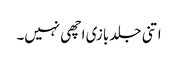
اتنی جلد بازی اچھی نہیں۔